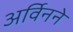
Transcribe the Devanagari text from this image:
अर्विनने